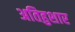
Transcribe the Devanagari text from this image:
अतिहुशार